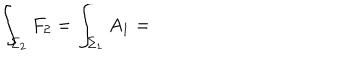
LaTeX: \int _ { \Sigma _ { 2 } } F _ { 2 } = \int _ { \Sigma _ { 1 } } A _ { 1 } =